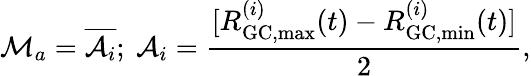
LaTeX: {\cal M}_{a}={\overline{{{\cal A}_{i}}}};~{\cal A}_{i}=\frac{[R_{\mathrm{GC,max}}^{(i)}(t)-R_{\mathrm{GC,min}}^{(i)}(t)]}{2},